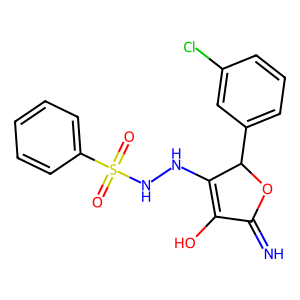
SMILES: N=C1OC(c2cccc(Cl)c2)C(NNS(=O)(=O)c2ccccc2)=C1O
Inhibits HIV replication: No